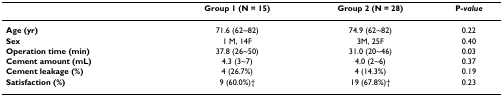
|  | Group 1 (N = 15) | Group 2 (N = 28) | P-value |
 | --- | --- | --- | --- |
 | Age (yr) | 71.6 (62~82) | 74.9 (62~82) | 0.22 |
 | Sex | 1 M, 14F | 3M, 25F | 0.40 |
 | Operation time (min) | 37.8 (26~50) | 31.0 (20~46) | 0.03 |
 | Cement amount (mL) | 4.3 (3~7) | 4.0 (2~6) | 0.37 |
 | Cement leakage (%) | 4 (26.7%) | 4 (14.3%) | 0.19 |
 | Satisfaction (%) | 9 (60.0%)† | 19 (67.8%)† | 0.23 |